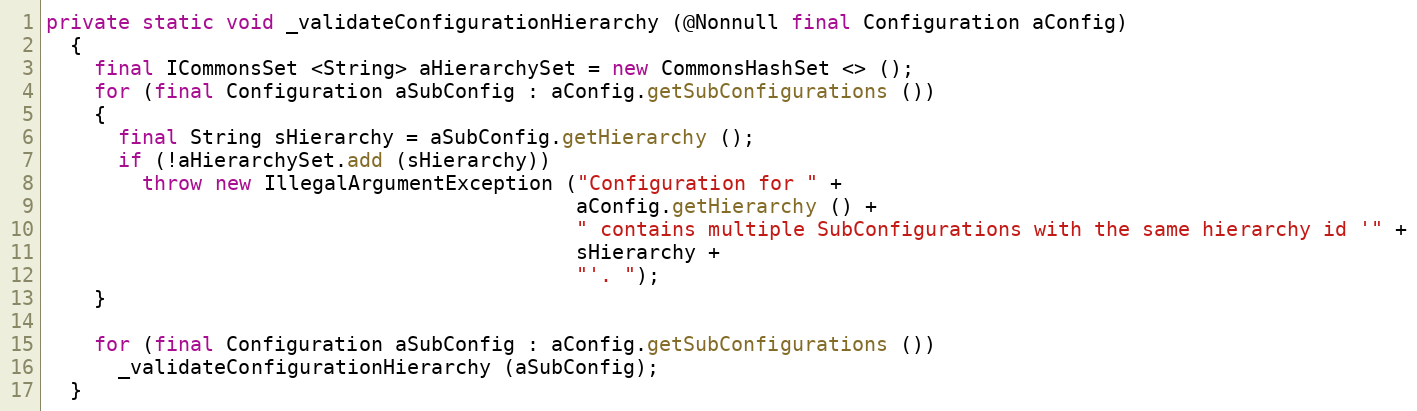
Language: Java
private static void _validateConfigurationHierarchy (@Nonnull final Configuration aConfig)
  {
    final ICommonsSet <String> aHierarchySet = new CommonsHashSet <> ();
    for (final Configuration aSubConfig : aConfig.getSubConfigurations ())
    {
      final String sHierarchy = aSubConfig.getHierarchy ();
      if (!aHierarchySet.add (sHierarchy))
        throw new IllegalArgumentException ("Configuration for " +
                                            aConfig.getHierarchy () +
                                            " contains multiple SubConfigurations with the same hierarchy id '" +
                                            sHierarchy +
                                            "'. ");
    }

    for (final Configuration aSubConfig : aConfig.getSubConfigurations ())
      _validateConfigurationHierarchy (aSubConfig);
  }